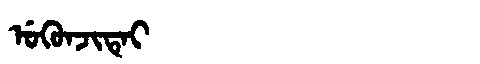
Manchu: ᡠᡴᡠᠨᠵᡳᡨᡝᡳ
Romanization: UKUNJITEI